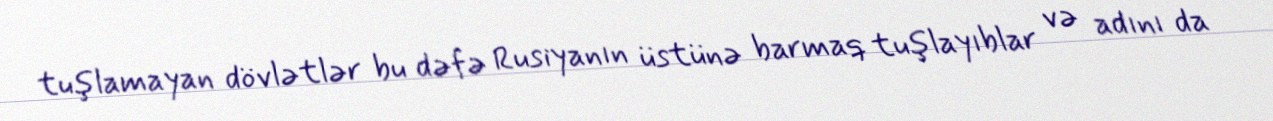
tuşlamayan dövlətlər bu dəfə Rusiyanın üstünə barmaq tuşlayıblar və adını da